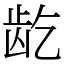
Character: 龁